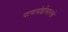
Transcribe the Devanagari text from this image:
पाणपोईसारखे